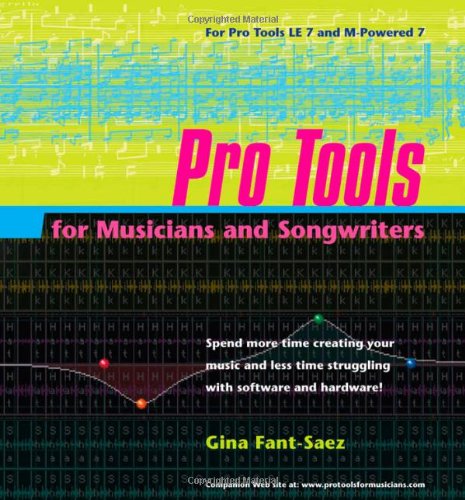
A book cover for Pro Tools for Musicians and Songwriters; Gina Fant-Saez; Computers & Technology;